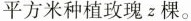
平方米种植玫瑰z棵。